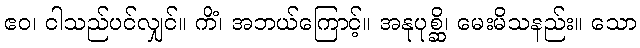
ဧဝ၊ ငါသည်ပင်လျှင်။ ကိံ၊ အဘယ်ကြောင့်။ အနုပုစ္ဆိ၊ မေးမိသနည်း။ သော